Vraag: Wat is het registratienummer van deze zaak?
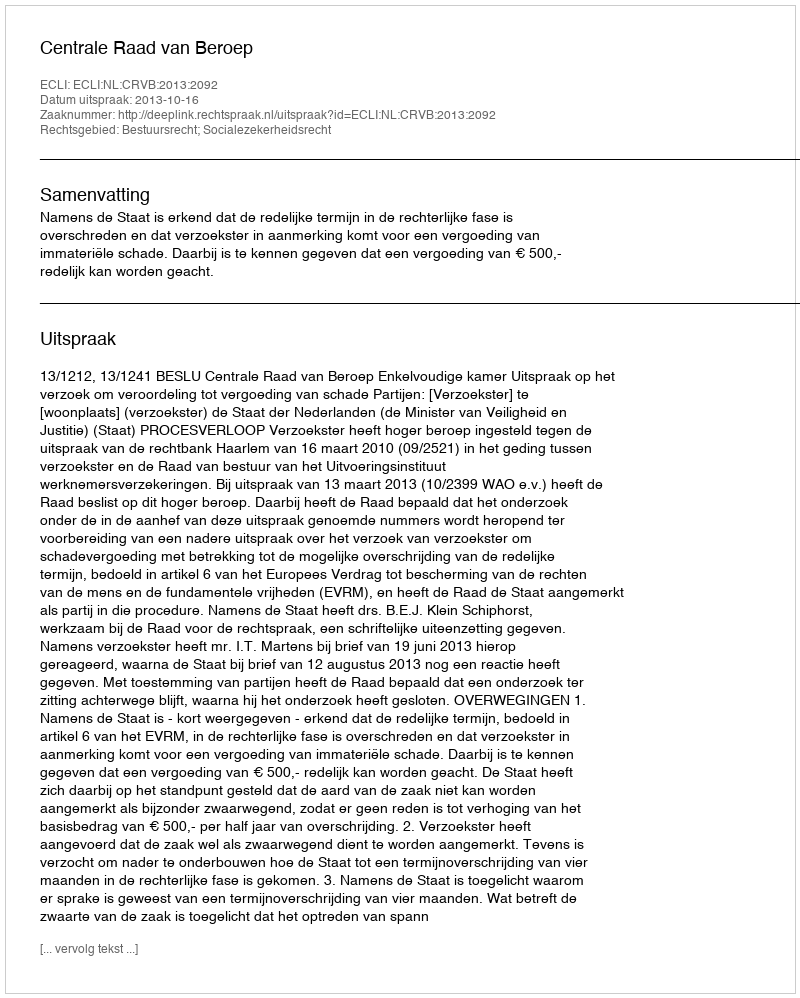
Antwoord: http://deeplink.rechtspraak.nl/uitspraak?id=ECLI:NL:CRVB:2013:2092